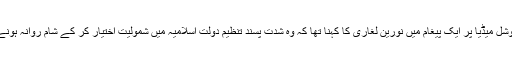
بعد میں سوشل میڈیا پر ایک پیغام میں نورین لغاری کا کہنا تھا کہ وہ شدت پسند تنظیم دولت اسلامیہ میں شمولیت اختیار کر کے شام روانہ ہونے والی ہیں۔